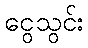
ငွေသွင်း